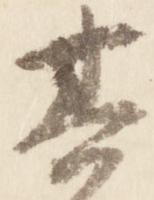
其